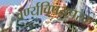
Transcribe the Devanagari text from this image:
वर्ण्यविषयपरक